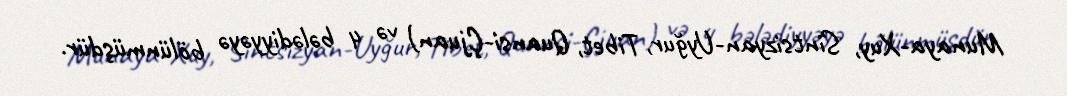
Munaya-Xuy, Sintsizyan-Uyğur, Tibet, Quansi-Çjuan) və 4 bələdiyyəyə bölünmüşdür.